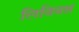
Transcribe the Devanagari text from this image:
लिवियस